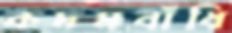
কদমবাঁধি